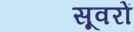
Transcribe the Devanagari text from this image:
सूवरों